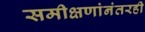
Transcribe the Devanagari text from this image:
समीक्षणांनंतरही